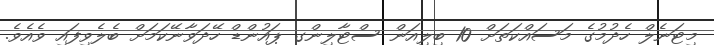
މިޓަނެލް ހެދުމުގެ މަސައްކަތަށް 10 ބިލިއަން ސްޓާލިންގ ޕައުންޑް ހޭދަވާނޭކަމަށް ބެލެވިފައި ވެއެވެ.